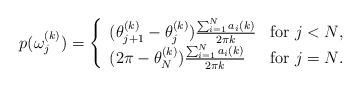
\begin{align*}p(\omega_j^{(k)})=\left\{ \begin{array}{ll}(\theta_{j+1}^{(k)}-\theta_{j}^{(k)})\frac{\sum_{i=1}^N a_i(k)}{2\pi k} & \textrm{for $j<N$,}\\(2\pi-\theta_{N}^{(k)})\frac{\sum_{i=1}^N a_i(k)}{2\pi k} & \textrm{for $j=N$.}\end{array} \right.\end{align*}